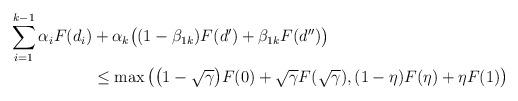
LaTeX: \begin{align*}\sum_{i=1}^{k-1}\alpha_iF(d_i)&+\alpha_k\bigl((1-\beta_{1k})F(d')+\beta_{1k}F(d'')\bigr)\\& \le \max\left(\bigl(1-\sqrt{\gamma}\bigr)F(0)+\sqrt{\gamma}F(\sqrt{\gamma}), (1-\eta)F(\eta)+\eta F(1)\right)\end{align*}